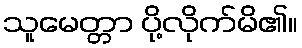
သူမေတ္တာ ပို့လိုက်မိ၏။